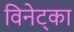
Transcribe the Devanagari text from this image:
विनेट्का